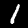
Label: 1